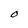
Character: O